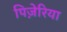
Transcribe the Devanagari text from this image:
पिज़ेरिया